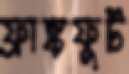
ফ্রাঙ্কফুর্ট